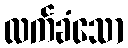
လက်ခံသော